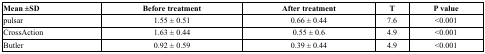
| Mean ±SD | Before treatment | After treatment | T | P value |
 | --- | --- | --- | --- | --- |
 | pulsar | 1.55 ± 0.51 | 0.66 ± 0.44 | 7.6 | <0.001 |
 | CrossAction | 1.63 ± 0.44 | 0.55 ± 0.6 | 4.9 | <0.001 |
 | Butler | 0.92 ± 0.59 | 0.39 ± 0.44 | 4.9 | <0.001 |